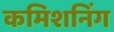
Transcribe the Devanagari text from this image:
कमिशनिंग